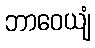
ဘာဝေယျံ